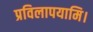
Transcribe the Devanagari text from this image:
प्रविलापयामि।